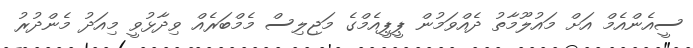
ސީއެންއެމް އަށް މައުލޫމާތު ދެއްވަމުން ޕީޕީއެމްގެ މަޖިލިސް މެމްބަރެއް ވިދާޅުވީ މިއަދު މެންދުރު